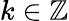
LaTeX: k\in\mathbb{Z}